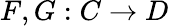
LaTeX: F,G:C\to D